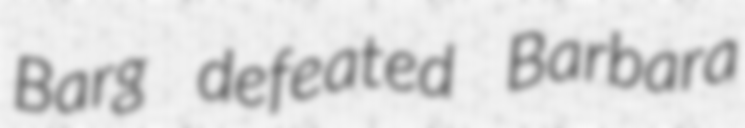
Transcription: Barg defeated Barbara